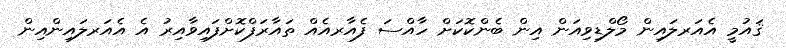
ޤައުމީ އެއަރލައިން މޯލްޑިވިއަން އިން ބެންކޮކަށް ހާއްސަ ފެއާރއެއް ތައާރަފްކޮށްފައިވާއިރު އެ އެއަރލައިންއިން